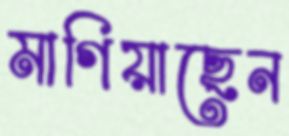
মাগিয়াছেন